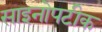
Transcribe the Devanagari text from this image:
साइनोपटीक